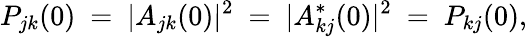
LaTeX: P_{jk}(0)\ =\ |A_{jk}(0)|^{2}\ =\ |A_{kj}^{*}(0)|^{2}\ =\ P_{kj}(0),